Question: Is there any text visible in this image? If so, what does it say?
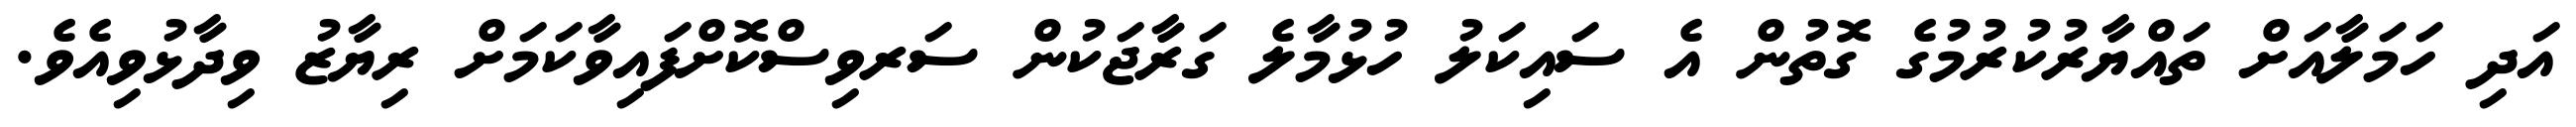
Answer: އަދި ހަމަލާއަށް ތައްޔާރުކުރުމުގެ ގޮތުން އެ ސައިކަލު ހުޅުމާލެ ގަރާޖަކުން ސަރވިސްކޮށްފައިވާކަމަށް ރިޔާޒު ވިދާޅުވިއެވެ.